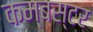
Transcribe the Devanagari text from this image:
कम्बस्टर